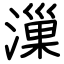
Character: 漅